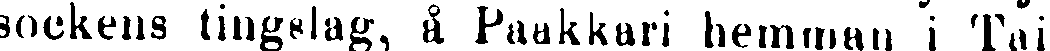
sockens tingslag, å Paakkari hemman i Tai